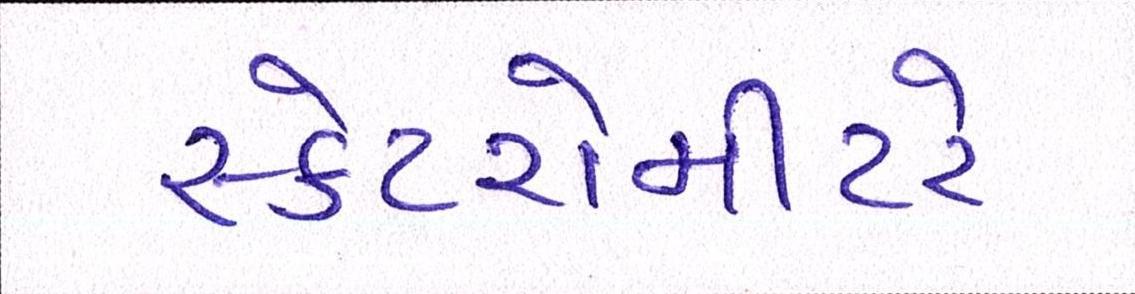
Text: સ્કેટરોમીટરે